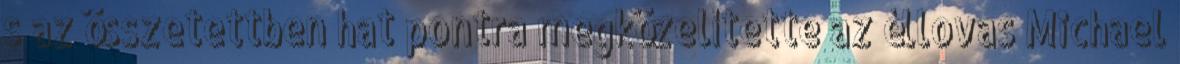
s az összetettben hat pontra megközelítette az éllovas Michael